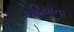
ચઢિયાતા